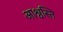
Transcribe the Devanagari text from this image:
आश्वस्ति